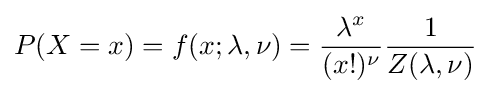
P(X=x)=f(x;\lambda ,\nu )={\frac {\lambda ^{x}}{(x!)^{\nu }}}{\frac {1}{Z(\lambda ,\nu )}}